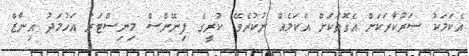
އެކަމަކު ސަރުކާރަކަށް އެގޮތަކަށް އެކަމެއް ނުކުރެވޭ" ކުރީގެ ފިނޭންސް މިނިސްޓަރު އަހުމަދު އިނާޒް